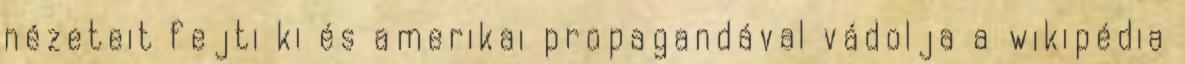
nézeteit fejti ki és amerikai propagandával vádolja a wikipédia